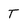
Character: T